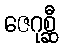
ဇေဂုစ္ဆီ